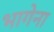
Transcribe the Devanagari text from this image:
भागेना